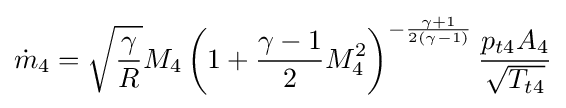
{\dot {m}}_{4}={\sqrt {\frac {\gamma }{R}}}M_{4}\left(1+{\frac {\gamma -1}{2}}M_{4}^{2}\right)^{-{\frac {\gamma +1}{2(\gamma -1)}}}{\frac {p_{t4}A_{4}}{\sqrt {T_{t4}}}}